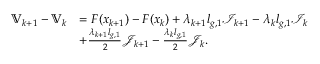
\begin{array} { r l } { \mathbb { V } _ { k + 1 } - \mathbb { V } _ { k } } & { = F ( x _ { k + 1 } ) - F ( x _ { k } ) + \lambda _ { k + 1 } l _ { g , 1 } \mathcal { I } _ { k + 1 } - \lambda _ { k } l _ { g , 1 } \mathcal { I } _ { k } } \\ & { + \frac { \lambda _ { k + 1 } l _ { g , 1 } } { 2 } \mathcal { J } _ { k + 1 } - \frac { \lambda _ { k } l _ { g , 1 } } { 2 } \mathcal { J } _ { k } . } \end{array}